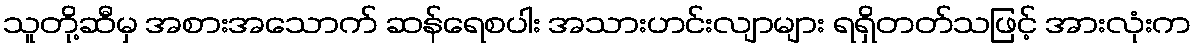
သူတို့ဆီမှ အစားအသောက် ဆန်ရေစပါး အသားဟင်းလျာများ ရရှိတတ်သဖြင့် အားလုံးက